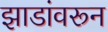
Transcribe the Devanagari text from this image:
झाडांवरून